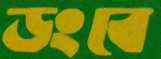
ডংবে